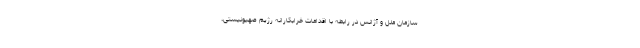
سازمان ملل و آژانس در رابطه با اقدامات خرابکارانه رژیم صهیونیستی،